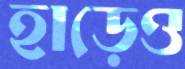
হাড়েও